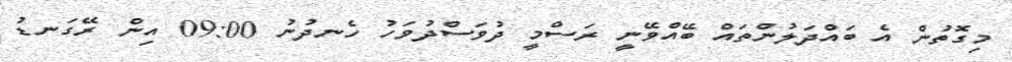
މިގޮތުން އެ ބައްދަލުުންތައް ބޭއްވޭނީ ރަސްމީ ދުވަސްދުވަހު ހެނދުނު 09:00 އިން ރޭގަނޑު